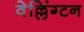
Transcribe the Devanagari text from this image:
वेल्लिंग्टन